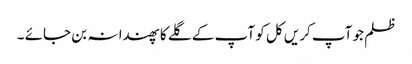
ظلم جو آپ کریں کل کو آپ کے گلے کا پھندا نہ بن جائے ۔